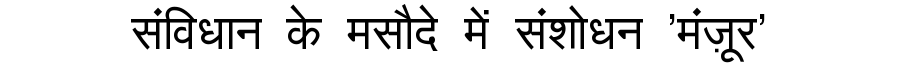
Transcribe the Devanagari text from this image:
संविधान के मसौदे में संशोधन 'मंज़ूर'